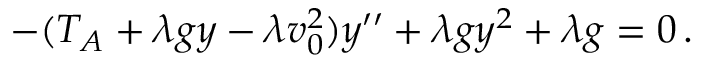
\begin{array} { r } { - ( T _ { A } + \lambda g y - \lambda v _ { 0 } ^ { 2 } ) y ^ { \prime \prime } + \lambda g y ^ { 2 } + \lambda g = 0 \, . } \end{array}